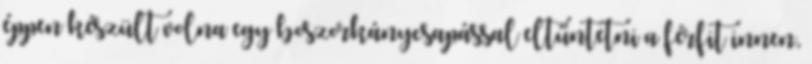
éppen készült volna egy boszorkánycsapással eltűntetni a férfit innen,